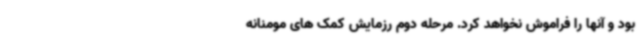
بود و آنها را فراموش نخواهد کرد. مرحله دوم رزمایش کمک های مومنانه